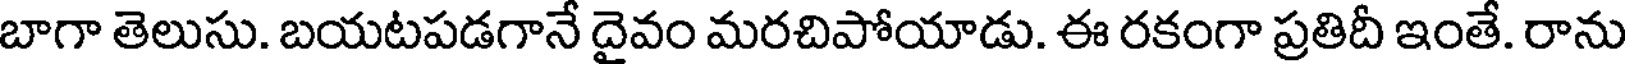
బాగా తెలుసు. బయటపడగానే దైవం మరచిపోయాడు. ఈ రకంగా ప్రతిదీ ఇంతే. రాను